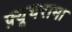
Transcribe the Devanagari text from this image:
फ़्यूचरामा